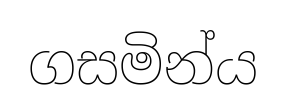
ගසමින්ය